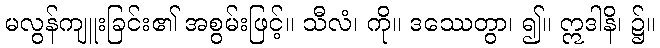
မလွန်ကျူးခြင်း၏ အစွမ်းဖြင့်။ သီလံ၊ ကို။ ဒဿေတွာ၊ ၍။ ဣဒါနိ၊ ၌။